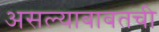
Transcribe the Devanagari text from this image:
असल्याबाबतची